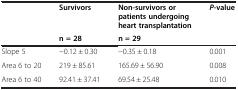
<table><thead><tr><td rowspan="2"></td><td><b>Survivors</b></td><td><b>Non-survivors or patients undergoing heart transplantation</b></td><td rowspan="2"><b><i>P</i>-value</b></td></tr><tr><td><b>n = 28</b></td><td><b>n = 29</b></td></tr></thead><tbody><tr><td>Slope 5</td><td>−0.12 ± 0.30</td><td>−0.35 ± 0.18</td><td>0.001</td></tr><tr><td>Area 6 to 20</td><td>219 ± 85.61</td><td>165.69 ± 56.90</td><td>0.008</td></tr><tr><td>Area 6 to 40</td><td>92.41 ± 37.41</td><td>69.54 ± 25.48</td><td>0.010</td></tr></tbody></table>